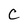
Character: C